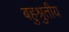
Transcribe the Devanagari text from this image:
बहुश्रुतीय